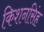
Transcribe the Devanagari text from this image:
किशनसिंह